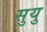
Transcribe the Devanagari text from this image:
सुयु